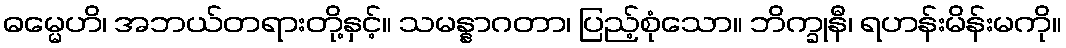
ဓမ္မေဟိ၊ အဘယ်တရားတို့နှင့်။ သမန္နာဂတာ၊ ပြည့်စုံသော။ ဘိက္ခုနီ၊ ရဟန်းမိန်းမကို။